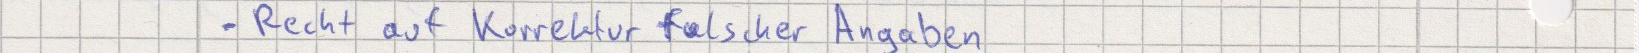
- Recht auf Korrektur falscher Angaben